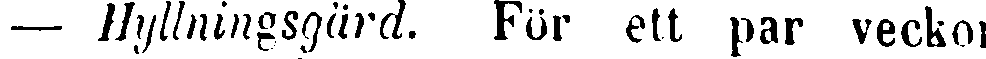
— Hyllningsgård. För ett par veckor